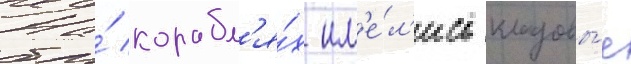
На́ корабл'я́х им'е́л'ись кладовы́е